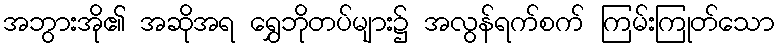
အဘွားအို၏ အဆိုအရ ရွှေဘိုတပ်များ၌ အလွန်ရက်စက် ကြမ်းကြုတ်သော